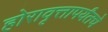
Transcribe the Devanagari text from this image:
होरावृत्तापर्यंतचे